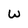
Character: W